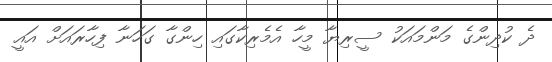
ދެ ކުދިންގެ މަންމައަކު ސީރިޔާ މީހާ އެމެރިކާގައި ހިންގާ ގަހަނާ ފިހާރައަށް އައީ